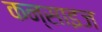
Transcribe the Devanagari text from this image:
कन्साइज